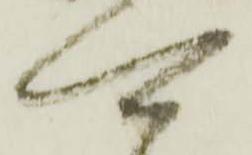
可